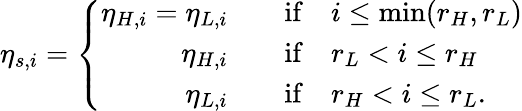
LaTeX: \eta_{s,i}=\left\{ \begin{array}{rl}{\eta_{H,i}=\eta_{L,i}\quad}&{{}\mathrm{if}\quad i\leq\mathrm{min}(r_{H},r_{L})}\\ {\eta_{H,i}\quad}&{{}\mathrm{if}\quad r_{L}<i\leq r_{H}}\\ {\eta_{L,i}\quad}&{{}\mathrm{if}\quad r_{H}<i\leq r_{L}.}\end{array}\right.